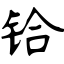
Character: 铪